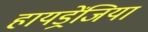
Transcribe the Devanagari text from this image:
हायड्रेंजिया